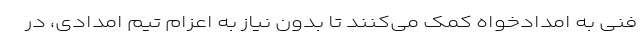
فنی به امدادخواه کمک می‌کنند تا بدون نیاز به اعزام تیم امدادی، در